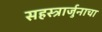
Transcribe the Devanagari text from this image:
सहस्त्रार्जुनाचा